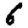
Digit: 6